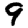
Digit: 9